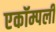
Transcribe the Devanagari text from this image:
एकॉम्पली